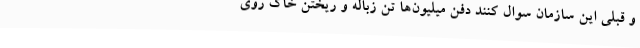
و قبلی این سازمان سوال کنند دفن میلیون‌ها تن زباله و ریختن خاک روی